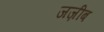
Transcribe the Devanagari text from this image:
जज़ीब